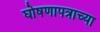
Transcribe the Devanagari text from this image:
घोषणापत्राच्या